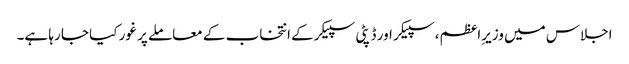
اجلاس میں وزیرِاعظم، سپیکر اور ڈپٹی سپیکر کے انتخاب کے معاملے پر غور کیا جا رہا ہے۔